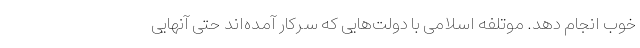
خوب انجام دهد. موتلفه اسلامی با دولت‌هایی که سرکار آمده‌اند حتی آنهایی